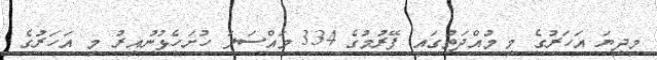
މިދިޔަ އަހަރުގެ މި މުއްދަތުގައި ފޭރުމުގެ 334 މައްސަލަ ހުށަހެޅުނުއިރު މި އަހަރުގެ